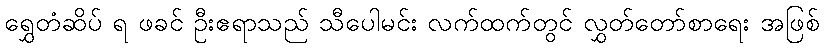
ရွှေတံဆိပ် ရ ဖခင် ဦးဧရာသည် သီပေါမင်း လက်ထက်တွင် လွှတ်တော်စာရေး အဖြစ်